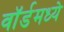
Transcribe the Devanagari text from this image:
वॉर्डमध्ये